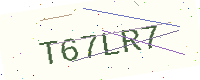
Text: T67LR7